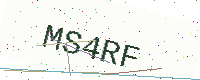
Text: MS4RF